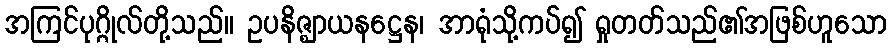
အကြင်ပုဂ္ဂိုလ်တို့သည်။ ဥပနိဇ္ဈာယနဋ္ဌေန၊ အာရုံသို့ကပ်၍ ရှုတတ်သည်၏အဖြစ်ဟူသော